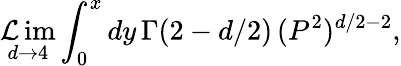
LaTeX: \operatorname*{\mathcal{L}im}_{d\rightarrow4}\int_{0}^{x}dy\, \Gamma(2-d/2)\, (P^{2})^{d/2-2},